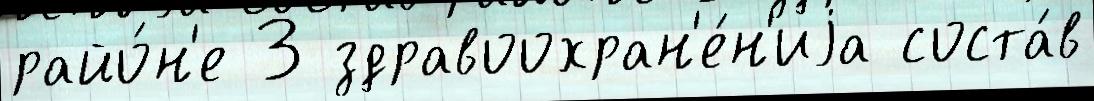
райо́н'е 3 здравоохран'е́н'иjа соста́в